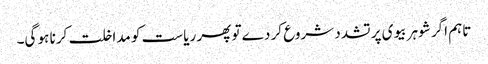
تاہم اگر شوہر بیوی پر تشدد شروع کر دے تو پھر ریاست کو مداخلت کرنا ہو گی۔